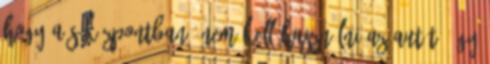
hogy a síközpontban, nem kell használni az autót, így